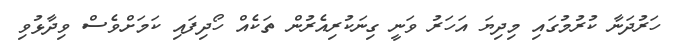
ހަރުދަނާ ކުރުމުގައި މިދިޔަ އަހަރު ވަނީ ގިނަކުރިއެރުން ތަކެއް ހޯދިފައި ކަމަށްވެސް ވިދާޅުވި